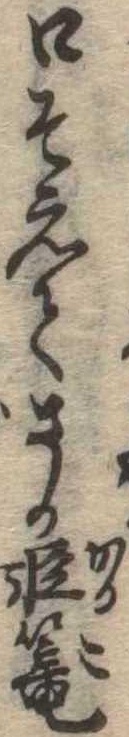
口そえてさか軽篭